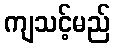
ကျသင့်မည်